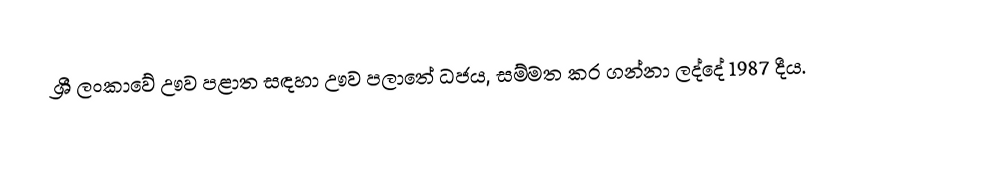
ශ්‍රී ලංකාවේ  ඌව පළාත සඳහා ඌව පලාතේ ධජය, සම්මත කර ගන්නා ලද්දේ 1987 දීය.